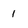
Character: 1